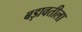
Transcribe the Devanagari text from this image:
बड़ावतीला